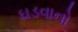
ઘડવાનો